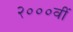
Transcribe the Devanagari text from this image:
२०००वीं